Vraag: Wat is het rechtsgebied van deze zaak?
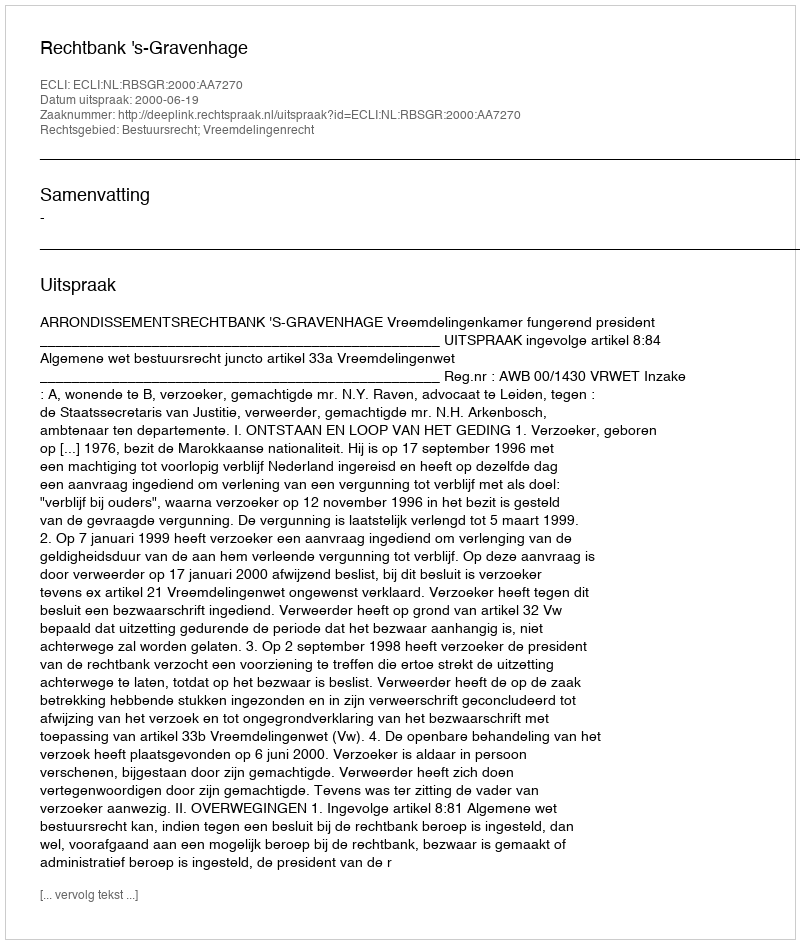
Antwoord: Bestuursrecht; Vreemdelingenrecht